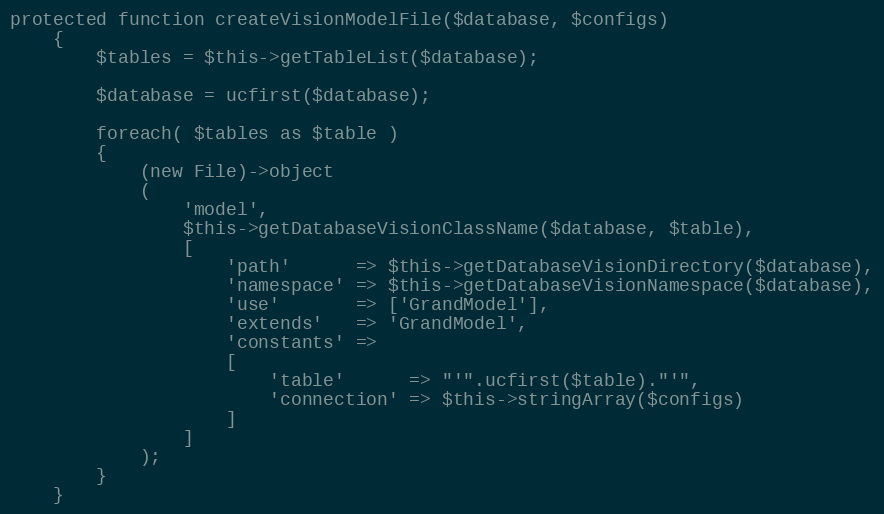
Language: PHP
protected function createVisionModelFile($database, $configs)
    {
        $tables = $this->getTableList($database);

        $database = ucfirst($database);

        foreach( $tables as $table )
        {
            (new File)->object
            (
                'model',
                $this->getDatabaseVisionClassName($database, $table),
                [
                    'path'      => $this->getDatabaseVisionDirectory($database),
                    'namespace' => $this->getDatabaseVisionNamespace($database),
                    'use'       => ['GrandModel'],
                    'extends'   => 'GrandModel',
                    'constants' =>
                    [
                        'table'      => "'".ucfirst($table)."'",
                        'connection' => $this->stringArray($configs)
                    ]
                ]
            );
        }
    }